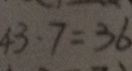
4 3 - 7 = 3 6